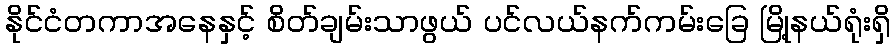
နိုင်ငံတကာအနေနှင့် စိတ်ချမ်းသာဖွယ် ပင်လယ်နက်ကမ်းခြေ မြို့နယ်ရုံးရှိ